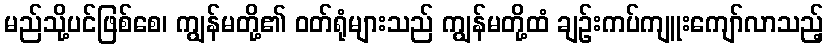
မည်သို့ပင်ဖြစ်စေ၊ ကျွန်မတို့၏ ဝတ်ရုံများသည် ကျွန်မတို့ထံ ချဉ်းကပ်ကျူးကျော်လာသည့်